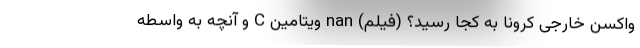
واکسن خارجی کرونا به کجا رسید؟ (فیلم) nan ویتامین C و آنچه به واسطه